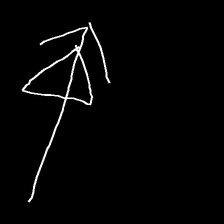
Glyph: pull